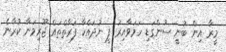
މީރާ އިން ބުނީ ސުންގަޑި ހަމަވާއިރު ފީ ނުދައްކާ ފަރާތްތައް ޖޫރިމަނާ ކުރާނެ